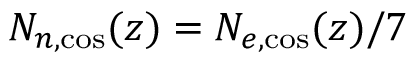
N _ { n , \mathrm { c o s } } ( z ) = N _ { e , \mathrm { c o s } } ( z ) / 7